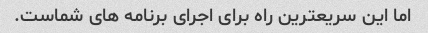
اما این سریعترین راه برای اجرای برنامه های شماست.